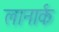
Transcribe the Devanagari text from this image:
लानार्क